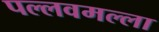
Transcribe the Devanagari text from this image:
पल्लवमल्ला